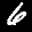
Label: 6